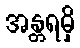
အန္တရမှိ